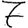
Digit: 7